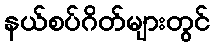
နယ်စပ်ဂိတ်များတွင်